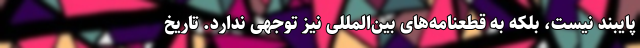
پایبند نیست، بلکه به قطعنامه‌های بین‌المللی نیز توجهی ندارد. تاریخ